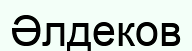
Әлдеков